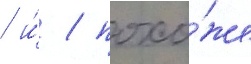
/ и́ / похо́же